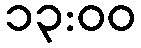
၁၃:၀၀